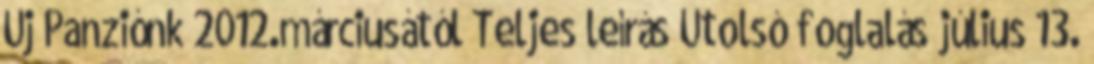
Új Panziónk 2012.márciusától Teljes leírás Utolsó foglalás július 13.